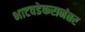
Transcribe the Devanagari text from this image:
भाटवडेकरानंतर